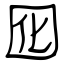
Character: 囮